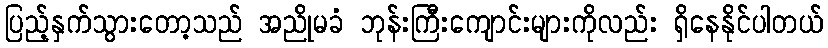
ပြည့်နှက်သွားတော့သည် အညိုမခံ ဘုန်းကြီးကျောင်းများကိုလည်း ရှိနေနိုင်ပါတယ်